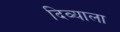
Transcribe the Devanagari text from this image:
दिव्याला